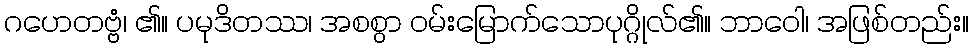
ဂဟေတဗ္ဗံ၊ ၏။ ပမုဒိတဿ၊ အစစွာ ဝမ်းမြောက်သောပုဂ္ဂိုလ်၏။ ဘာဝေါ၊ အဖြစ်တည်း။